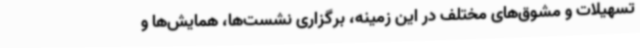
تسهیلات و مشوق‌های مختلف در این زمینه، برگزاری نشست‌ها، همایش‌ها و